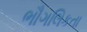
ભૌગલિકતા